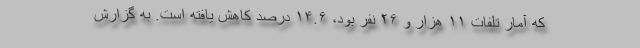
که آمار تلفات ۱۱ هزار و ۲۶ نفر بود، ۱۴.۶ درصد کاهش یافته است. به گزارش